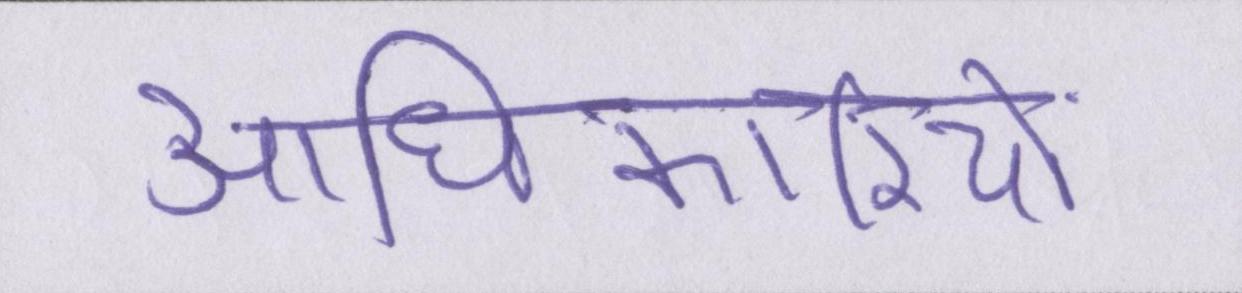
आधिकारियों